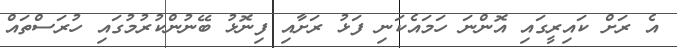
އެ ރަށް ކައިރީގައި އޮންނަ ހަމައެކަނި ފަޅު ރަށާއި ފިނޮޅު ބޭނުންކުރުމުގައި ހުރަސްތައް